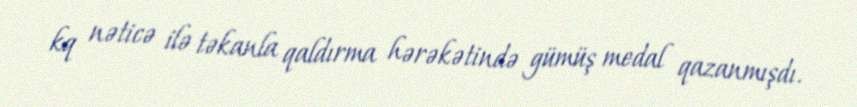
kq nəticə ilə təkanla qaldırma hərəkətində gümüş medal qazanmışdı.